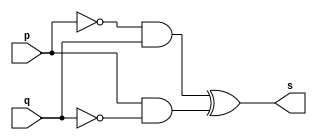
// ------------------------- 
// Exemplo0011 - XOR 
// Nome: Felipe Cssio Vieira Ferreira
// ------------------------- 
// ------------------------- 
// -- xor gate 
// ------------------------- 
module xorgate ( output s,input p, q); 
assign s = ~p&q^p&~q ; 
endmodule // xorgate 
// --------------------- 
// -- test xor gate 
// --------------------- 
module testxorgate; 
// ------------------------- dados locais 
reg a, b; // definir registradores 
wire s; // definir conexao (fio) 
// ------------------------- instancia 
xorgate XOR1 (s, a, b); 
// ------------------------- preparacao 
initial begin:start 
// atribuicao simultanea 
// dos valores iniciais 
a=0; b=0; 
end 
// ------------------------- parte principal 
initial begin 
$display("Exemplo0011 - Felipe Cssio Vieira Ferreira- 451552"); 
$display("Test XOR gate"); 
$display("\na ^ b = s\n"); 
#1 a=0; b=0; 
$monitor("%b ^ %b = %b", a, b, s); 
#1 a=0; b=1; 
#1 a=1; b=0; 
#1 a=1; b=1; 
 
end 
endmodule // testxorgate